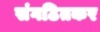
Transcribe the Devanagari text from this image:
संगठितकर